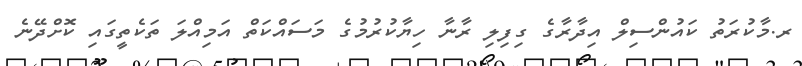
ރ.މާކުރަތު ކައުންސިލް އިދާރާގެ ގިފިލި ރާނާ ހިޔާކުރުމުގެ މަސައްކަތް އަމިއްލަ ތަކެތީގައި ކޮށްދޭނެ